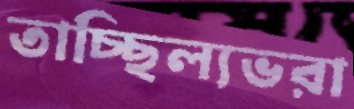
তাচ্ছিল্যভরা